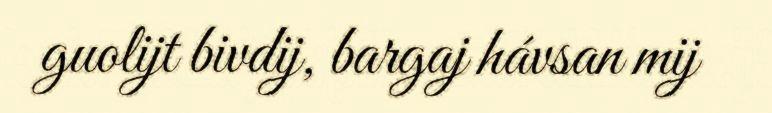
guolijt bivdij, bargaj hávsan mij